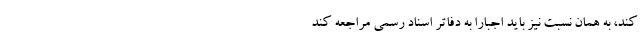
کند، به همان نسبت نیز باید اجباراً به دفاتر اسناد رسمی مراجعه کند